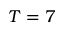
T = 7